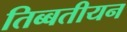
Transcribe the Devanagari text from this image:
तिब्‍बतीयन